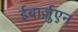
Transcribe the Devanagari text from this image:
ईबार्ज़ुएन